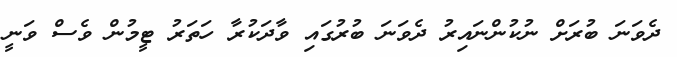
ދެވަނަ ބުރަށް ނުކުންނައިރު ދެވަނަ ބުރުގައި ވާދަކުރާ ހަތަރު ޓީމުން ވެސް ވަނީ